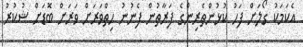
އެކަމަކު ގޯލަށް ފަހު ކުޅުންތެރިންގެ ފަރާތުން ފެނުނު ހިތްވަރަށް ވަރަށް ބޮޑަށް ޝުކުރު